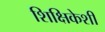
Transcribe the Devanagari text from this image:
शिक्षिकेशी